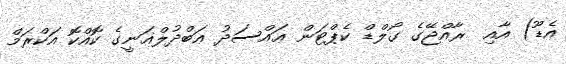
އެޑޫ) އާއި  ރާއްޖޭގެ ގޯލްޑް ކެޕްޓަން ޢައްސަދު ޢަބްދުލްޣަނީގެ ކޮއްކޮ އަކްރަމް